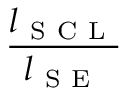
\frac { l _ { \mathrm { ~ S ~ C ~ L ~ } } } { l _ { \mathrm { ~ S ~ E ~ } } }